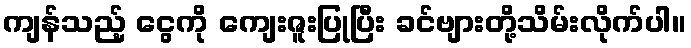
ကျန်သည့် ငွေကို ကျေးဇူးပြုပြီး ခင်ဗျားတို့သိမ်းလိုက်ပါ။